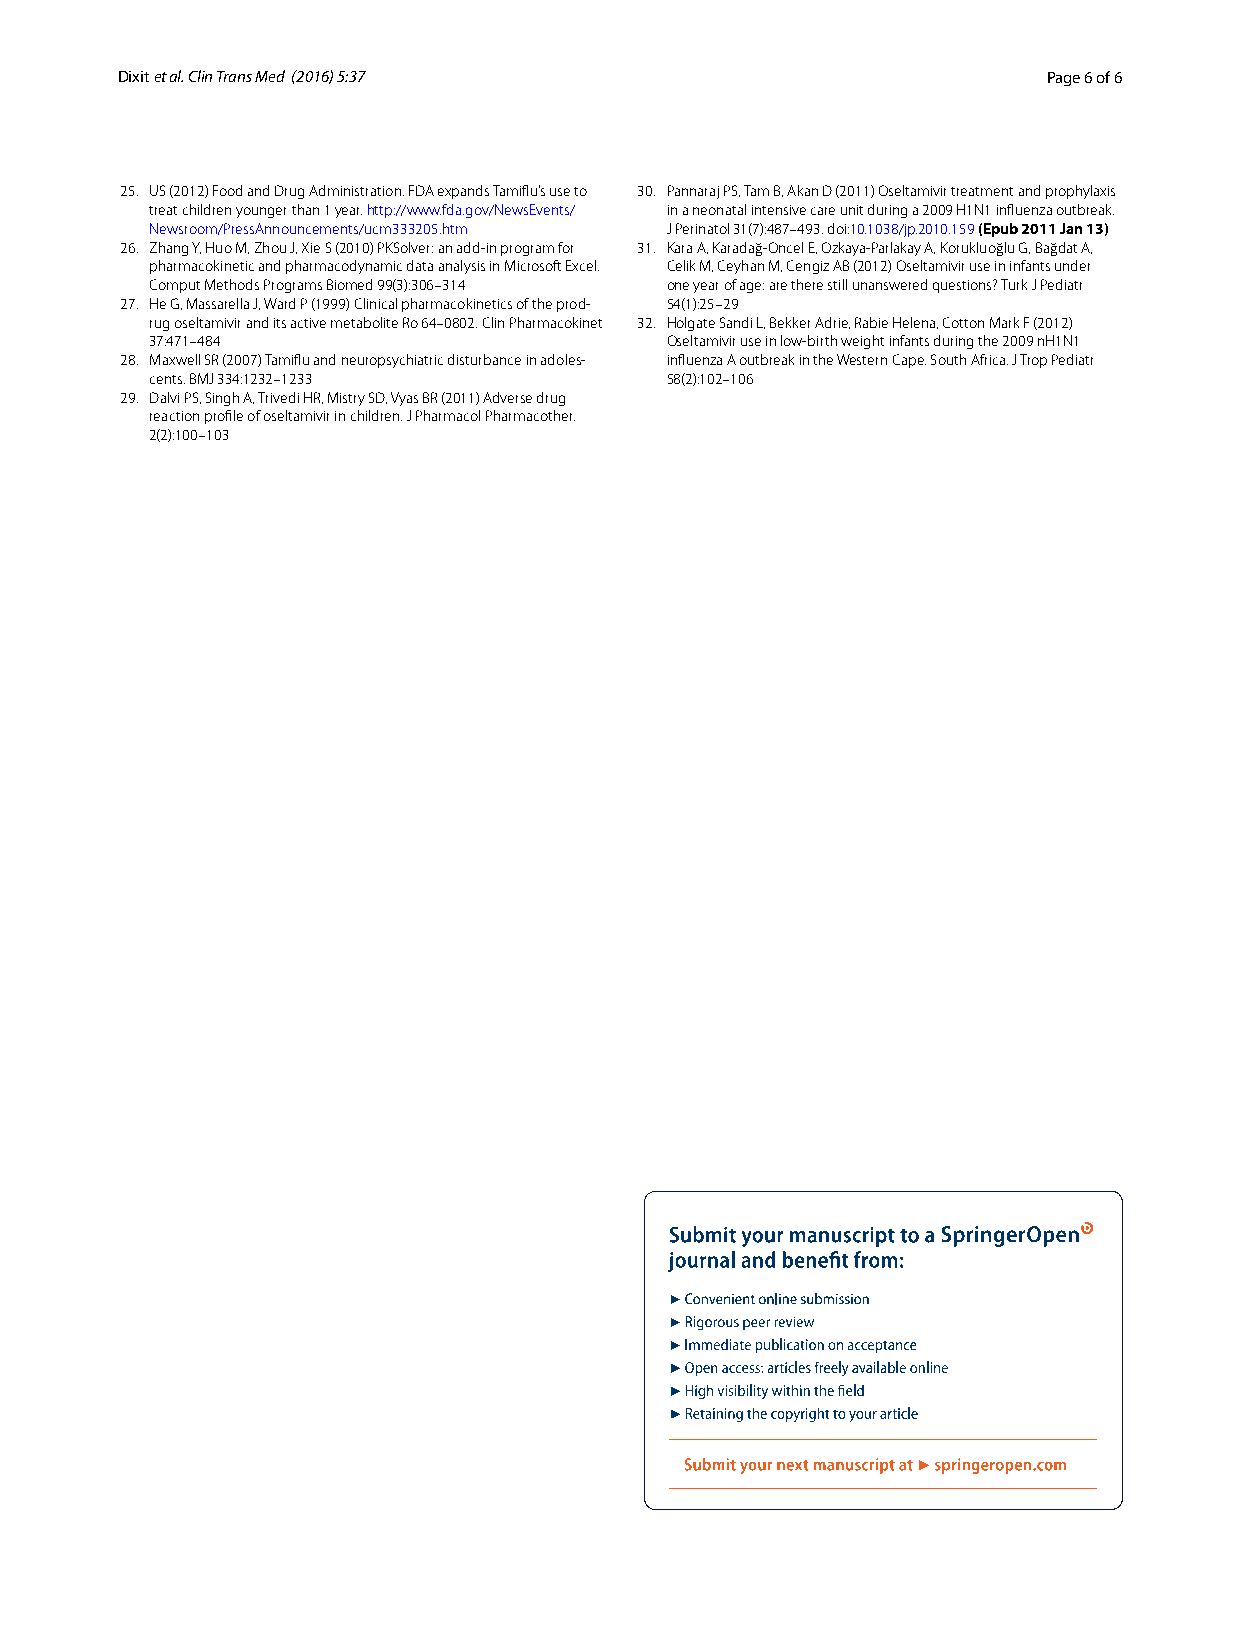
Dixit et al. Clin Trans Med (2016) 5:37                      Page 6 of 6
 25. US (2012) Food and Drug Administration. FDA expands Tamiflu’s use to 30. Pannaraj PS, Tam B, Akan D (2011) Oseltamivir treatment and prophylaxis
 treat children younger than 1 year. http://www.fda.gov/NewsEvents/ in a neonatal intensive care unit during a 2009 H1N1 influenza outbreak.
 Newsroom/PressAnnouncements/ucm333205.htm J Perinatol 31(7):487–493. doi:10.1038/jp.2010.159 (Epub 2011 Jan 13)
 26. Zhang Y, Huo M, Zhou J, Xie S (2010) PKSolver: an add-in program for 31. Kara A, Karadağ-Oncel E, Ozkaya-Parlakay A, Korukluoğlu G, Bağdat A,
 pharmacokinetic and pharmacodynamic data analysis in Microsoft Excel. Celik M, Ceyhan M, Cengiz AB (2012) Oseltamivir use in infants under
 Comput Methods Programs Biomed 99(3):306–314 one year of age: are there still unanswered questions? Turk J Pediatr
 27. He G, Massarella J, Ward P (1999) Clinical pharmacokinetics of the prod- 54(1):25–29
 rug oseltamivir and its active metabolite Ro 64–0802. Clin Pharmacokinet 32. Holgate Sandi L, Bekker Adrie, Rabie Helena, Cotton Mark F (2012)
 37:471–484                        Oseltamivir use in low-birth weight infants during the 2009 nH1N1
 28. Maxwell SR (2007) Tamiflu and neuropsychiatric disturbance in adoles- influenza A outbreak in the Western Cape. South Africa. J Trop Pediatr
 cents. BMJ 334:1232–1233          58(2):102–106
 29. Dalvi PS, Singh A, Trivedi HR, Mistry SD, Vyas BR (2011) Adverse drug
 reaction profile of oseltamivir in children. J Pharmacol Pharmacother.
 2(2):100–103